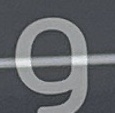
و